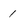
Character: 1